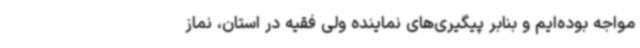
مواجه بوده‌ایم و بنابر پیگیری‌های نماینده ولی فقیه در استان، نماز